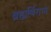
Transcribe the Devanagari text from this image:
ब्रह्मर्षिगण